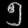
Digit: ၅